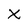
Character: X